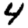
Digit: 4